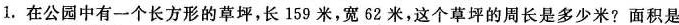
1.在公园中有一个长方形的草坪，长159米，宽62米，这个草坪的周长是多少米？面积是